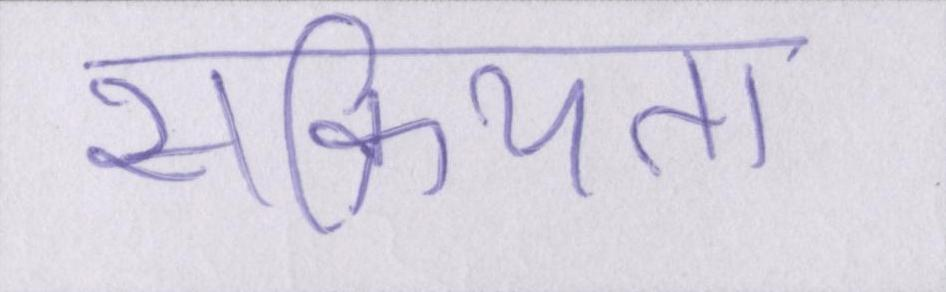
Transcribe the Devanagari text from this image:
सक्रियता